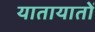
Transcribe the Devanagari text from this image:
यातायातों